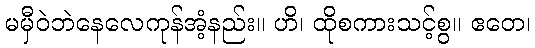
မမှီဝဲဘဲနေလေကုန်အံ့နည်း။ ဟိ၊ ထိုစကားသင့်စွ။ ဧတေ၊